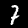
Digit: 7